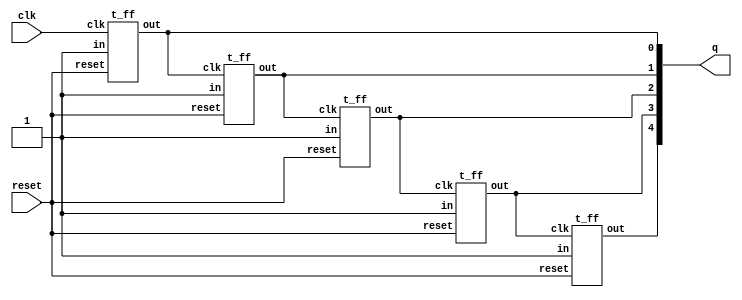
// Desgin a 5-bit counter using T flip-flops.


module counter_32(output [4:0]q,
                  input clk, reset);

t_ff f0(q[0],1'b1,clk,reset);
t_ff f1(q[1],1'b1,q[0],reset);
t_ff f2(q[2],1'b1,q[1],reset);
t_ff f3(q[3],1'b1,q[2],reset);
t_ff f4(q[4],1'b1,q[3],reset);
endmodule

module t_ff(output reg out,
            input in, clk, reset);

always @ (negedge clk or posedge reset)
begin
    if (reset)
    out <= 1'b0;
    else
    out <= in ? (~out) : (out);
end
endmodule